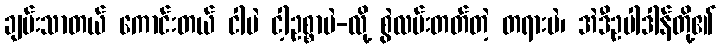
ချမ်းသာတယ် ကောင်းတယ် ငါပဲ ငါ့ဥစ္စာပဲ-လို့ စွဲလမ်းတတ်တဲ့ တရားပဲ၊ အဲဒီဥပါဒါန်တို့၏